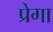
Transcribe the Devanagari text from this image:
प्रेगा